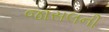
જાસલની